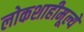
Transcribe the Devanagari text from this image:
लोकशाहीमूल्ये